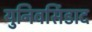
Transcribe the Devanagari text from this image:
युनिवर्सिडाद